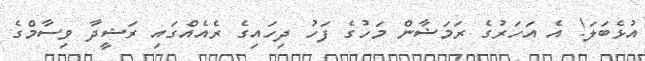
އުޅެބަލަ! އެ އަހަރުގެ ރަމަޟާން މަހުގެ ފަހު ދިހައިގެ ރެއެއްގައި ރަޝީދާ ވިސާމްގެ